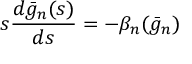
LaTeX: s \frac { d \bar { g } _ { n } ( s ) } { d s } = - \beta _ { n } ( \bar { g } _ { n } )